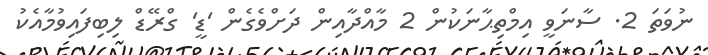
ނުވަތަ 2. ސާނަވީ އިމްތިޙާނަކުން 2 މާއްދާއިން ދަށްވެގެން 'ޑީ' ގްރޭޑް ލިބިފައިވުމާއެކު